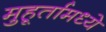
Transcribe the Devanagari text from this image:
मुहूर्तामध्ये